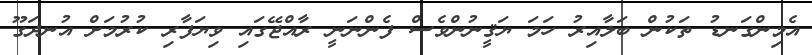
އެމިންގަނޑު ތަކުން ބަލާއިރު ހަމަ ޔަޤީނުންވެސް ފެންނަނީ ރާއްޖޭގައި ވިޔަފާރި ކުރުމަށް އުނދަގޫ